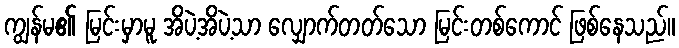
ကျွန်မ၏ မြင်းမှာမူ အိပဲ့အိပဲ့သာ လျှောက်တတ်သော မြင်းတစ်ကောင် ဖြစ်နေသည်။